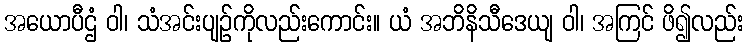
အယောပီဌံ ဝါ၊ သံအင်းပျဉ်ကိုလည်းကောင်း။ ယံ အဘိနိသီဒေယျ ဝါ၊ အကြင် ဖိ၍လည်း